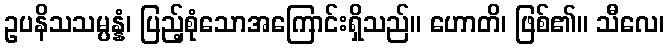
ဥပနိသသမ္ပန္နံ၊ ပြည့်စုံသောအကြောင်းရှိသည်။ ဟောတိ၊ ဖြစ်၏။ သီလေ၊